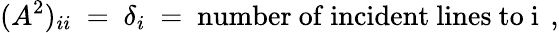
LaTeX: (A^{2})_{ii}~=~\delta_{i}~=~\mathrm{number~of~incident~lines~to~i~}\, ,